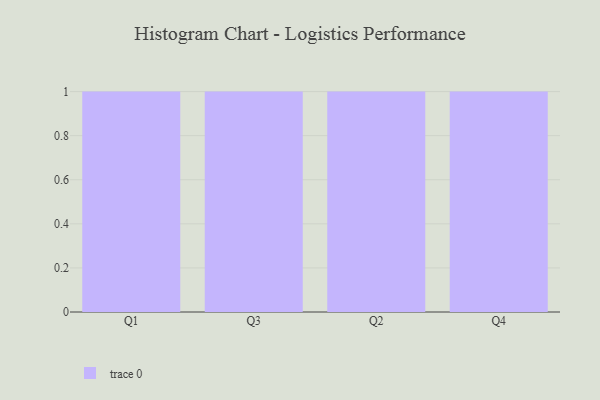
{"axis": {"x": "Quarter", "y": "Budget (USD K)"}, "legend": [""], "data": [{"x": "Q1", "y": 5, "type": ""}, {"x": "Q3", "y": 36, "type": ""}, {"x": "Q2", "y": 4, "type": ""}, {"x": "Q4", "y": 92, "type": ""}]}